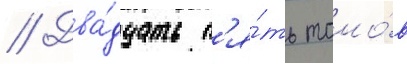
// Два́дцать п'я́ть томо́в